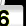
Digit: 6